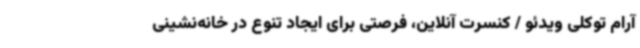
آرام توکلی ویدئو / کنسرت آنلاین، فرصتی برای ایجاد تنوع در خانه‌نشینی